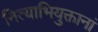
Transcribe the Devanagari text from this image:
नित्याभियुक्तानां